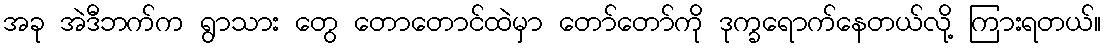
အခု အဲဒီဘက်က ရွာသား တွေ တောတောင်ထဲမှာ တော်တော်ကို ဒုက္ခရောက်နေတယ်လို့ ကြားရတယ်။